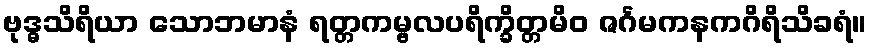
ဗုဒ္ဓသိရိယာ သောဘမာနံ ရတ္တကမ္ဗလပရိက္ခိတ္တမိဝ ဇင်္ဂမကနကဂိရိသိခရံ။